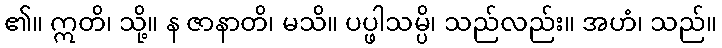
၏။ ဣတိ၊ သို့။ န ဇာနာတိ၊ မသိ။ ပပ္ဖါသမ္ပိ၊ သည်လည်း။ အဟံ၊ သည်။